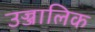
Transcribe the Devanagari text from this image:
उज्जालिक